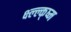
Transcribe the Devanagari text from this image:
क्ष्ल्ल्क्ष्म